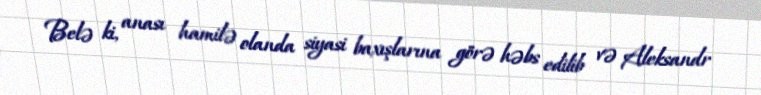
Belə ki, anası hamilə olanda siyasi baxışlarına görə həbs edilib və Aleksandr